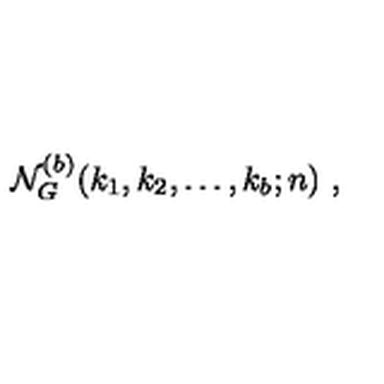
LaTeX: { \cal N } _ { G } ^ { ( b ) } ( k _ { 1 } , k _ { 2 } , \ldots , k _ { b } ; n ) \ ,